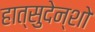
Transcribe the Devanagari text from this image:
हात्सुदेन्शो